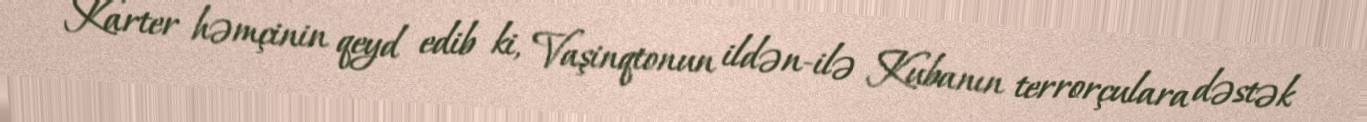
Karter həmçinin qeyd edib ki, Vaşinqtonun ildən-ilə Kubanın terrorçulara dəstək